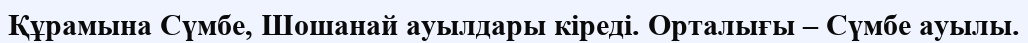
Құрамына Сүмбе, Шошанай ауылдары кіреді. Орталығы – Сүмбе ауылы.